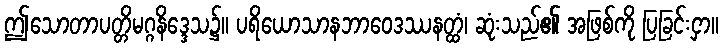
ဤသောတာပတ္တိမဂ္ဂနိဒ္ဒေသ၌။ ပရိယောသာနဘာဝေဒဿနတ္ထံ၊ ဆုံးသည်၏ အဖြစ်ကို ပြခြင်းငှာ။